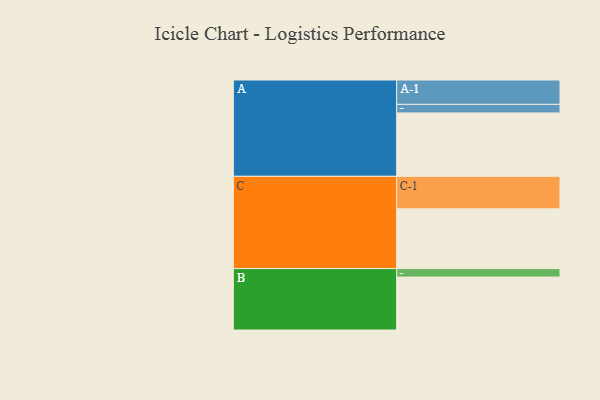
{"axis": {"x": "Segment", "y": "Value"}, "legend": ["", "A", "B", "C"], "data": [{"x": "A", "y": 546, "type": ""}, {"x": "B", "y": 456, "type": ""}, {"x": "C", "y": 515, "type": ""}, {"x": "A-1", "y": 210, "type": "A"}, {"x": "A-2", "y": 74, "type": "A"}, {"x": "B-1", "y": 73, "type": "B"}, {"x": "C-1", "y": 280, "type": "C"}]}